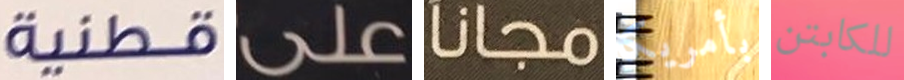
قطنية على مجانا بأمريكا للكابتن